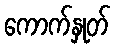
ကောက်နှုတ်